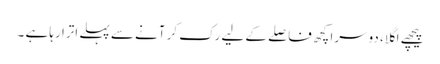
پیچھے اگلا، دوسرا کچھ فاصلے کے لیے رک کر آنے سے پہلے اترا رہا ہے ۔